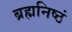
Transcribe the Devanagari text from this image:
ब्रह्मनिष्ठं